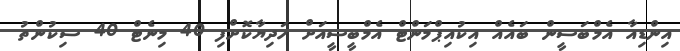
އިންޑިއާ އެމްބަސީން ބައެއް އިކުއިޕްމަންޓް އެމްބީސީއަށް ހަދިޔާކޮށްފި 40 މިނެޓް 40 ސިކުންތު